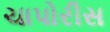
ચાપોરીસ